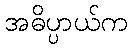
အဓိပ္ပာယ်က